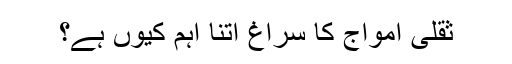
ثقلی امواج کا سراغ اتنا اہم کیوں ہے؟